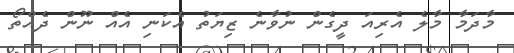
މާދަމާ މާލެ އެރިއަ ދީގެން ނުވާނެ ޒިޔަތު އެކަނި އެއް ނޫން ދެއްތޯ